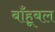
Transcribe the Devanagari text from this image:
बाँहूबल